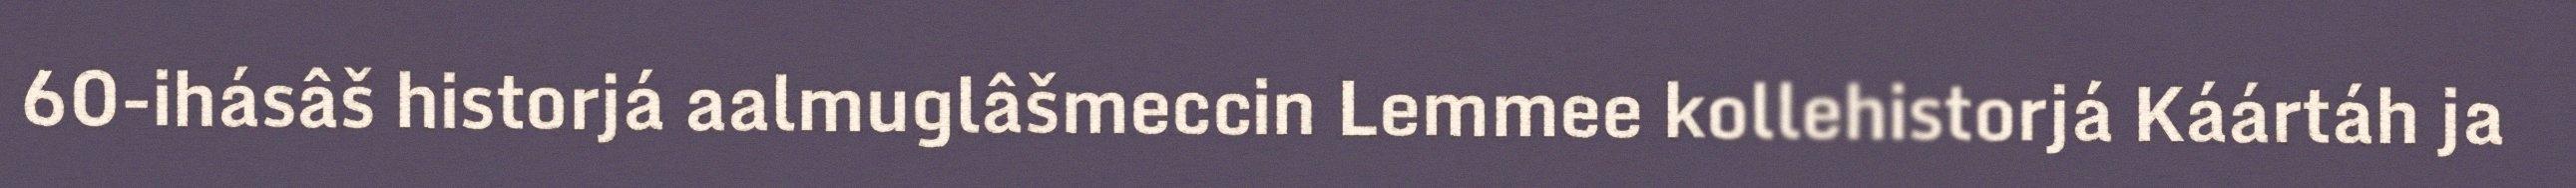
60-ihásâš historjá aalmuglâšmeccin Lemmee kollehistorjá Káártáh ja